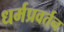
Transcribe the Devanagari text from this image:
धर्मप्रवर्तन